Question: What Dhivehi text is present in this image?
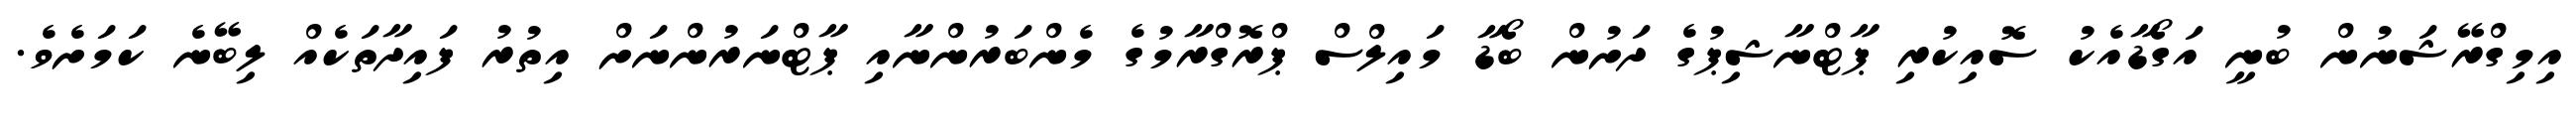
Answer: އިމިގްރޭޝަނުން ބުނީ އަގޯޑާއެކު ސޮއިކުރި ޕާޓްނާޝިޕުގެ ދަށުން ބޯޑާ މައިލްސް ޕްރޮގްރާމުގެ މެންބަރުންނާއި ޕާޓްނަރުންނަށް އިތުރު ފައިދާތަކެއް ލިބޭނެ ކަމަށެވެ.